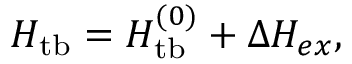
\begin{array} { r } { { \cal H } _ { \mathrm { t b } } = { \cal H } _ { \mathrm { t b } } ^ { ( 0 ) } + \Delta { \cal H } _ { e x } , } \end{array}